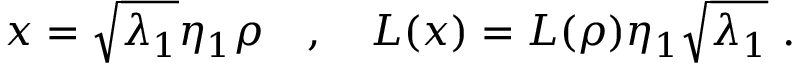
x = \sqrt { \lambda _ { 1 } } \eta _ { 1 } \rho \ \ \ , \ \ \ L ( x ) = L ( \rho ) \eta _ { 1 } \sqrt { \lambda _ { 1 } } \ .